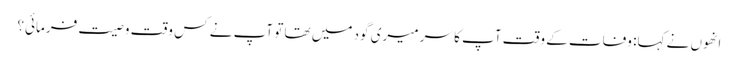
انھوں نے کہا: وفات کے وقت آپ کا سر میری گود میں تھا تو آپ نے کس وقت وصیت فرمائی؟